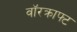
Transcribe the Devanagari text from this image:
वॉरक्राफ्ट